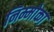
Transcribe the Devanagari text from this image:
निम्मोका